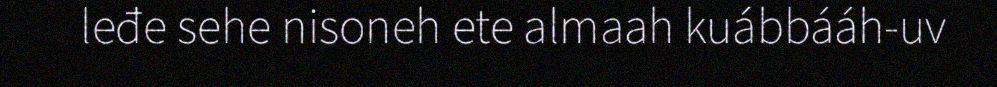
leđe sehe nisoneh ete almaah kuábbááh-uv